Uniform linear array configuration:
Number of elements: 32
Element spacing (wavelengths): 1
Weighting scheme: cosine
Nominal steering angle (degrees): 15
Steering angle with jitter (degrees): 16.661
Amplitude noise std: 0.05
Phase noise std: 0.05

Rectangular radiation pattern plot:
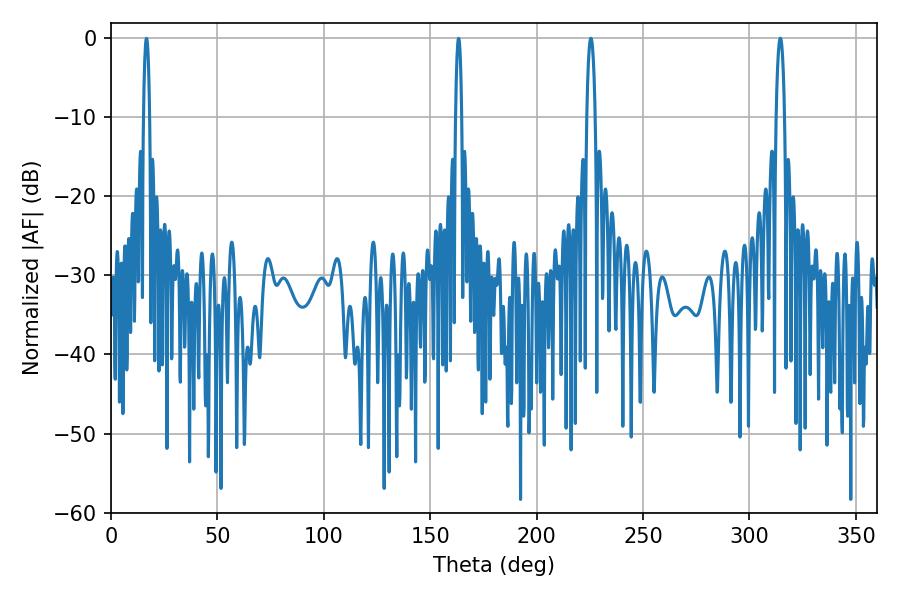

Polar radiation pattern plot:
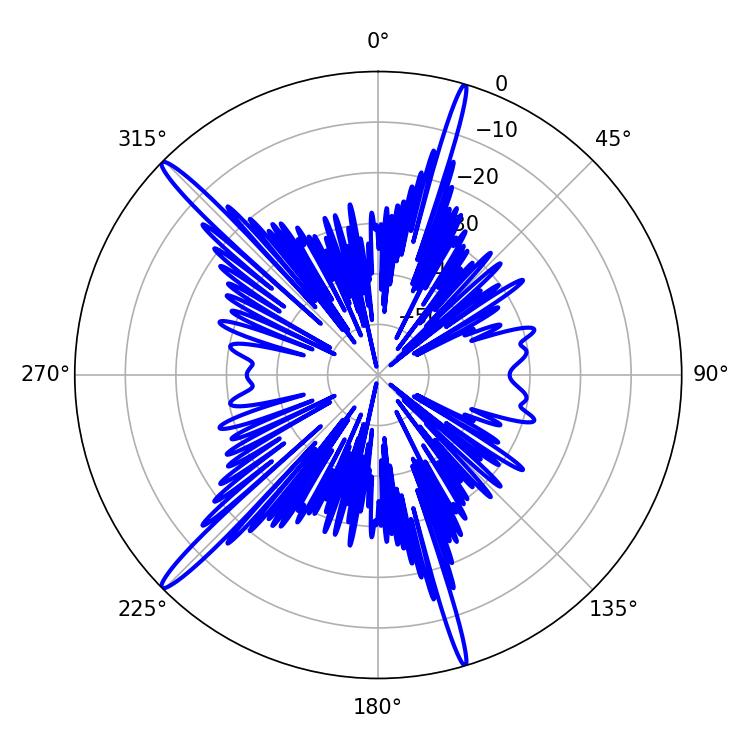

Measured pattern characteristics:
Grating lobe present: TRUE
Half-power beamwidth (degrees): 2.16
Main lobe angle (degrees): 314.46